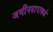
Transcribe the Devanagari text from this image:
जमीनदाराकडे